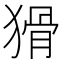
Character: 猾